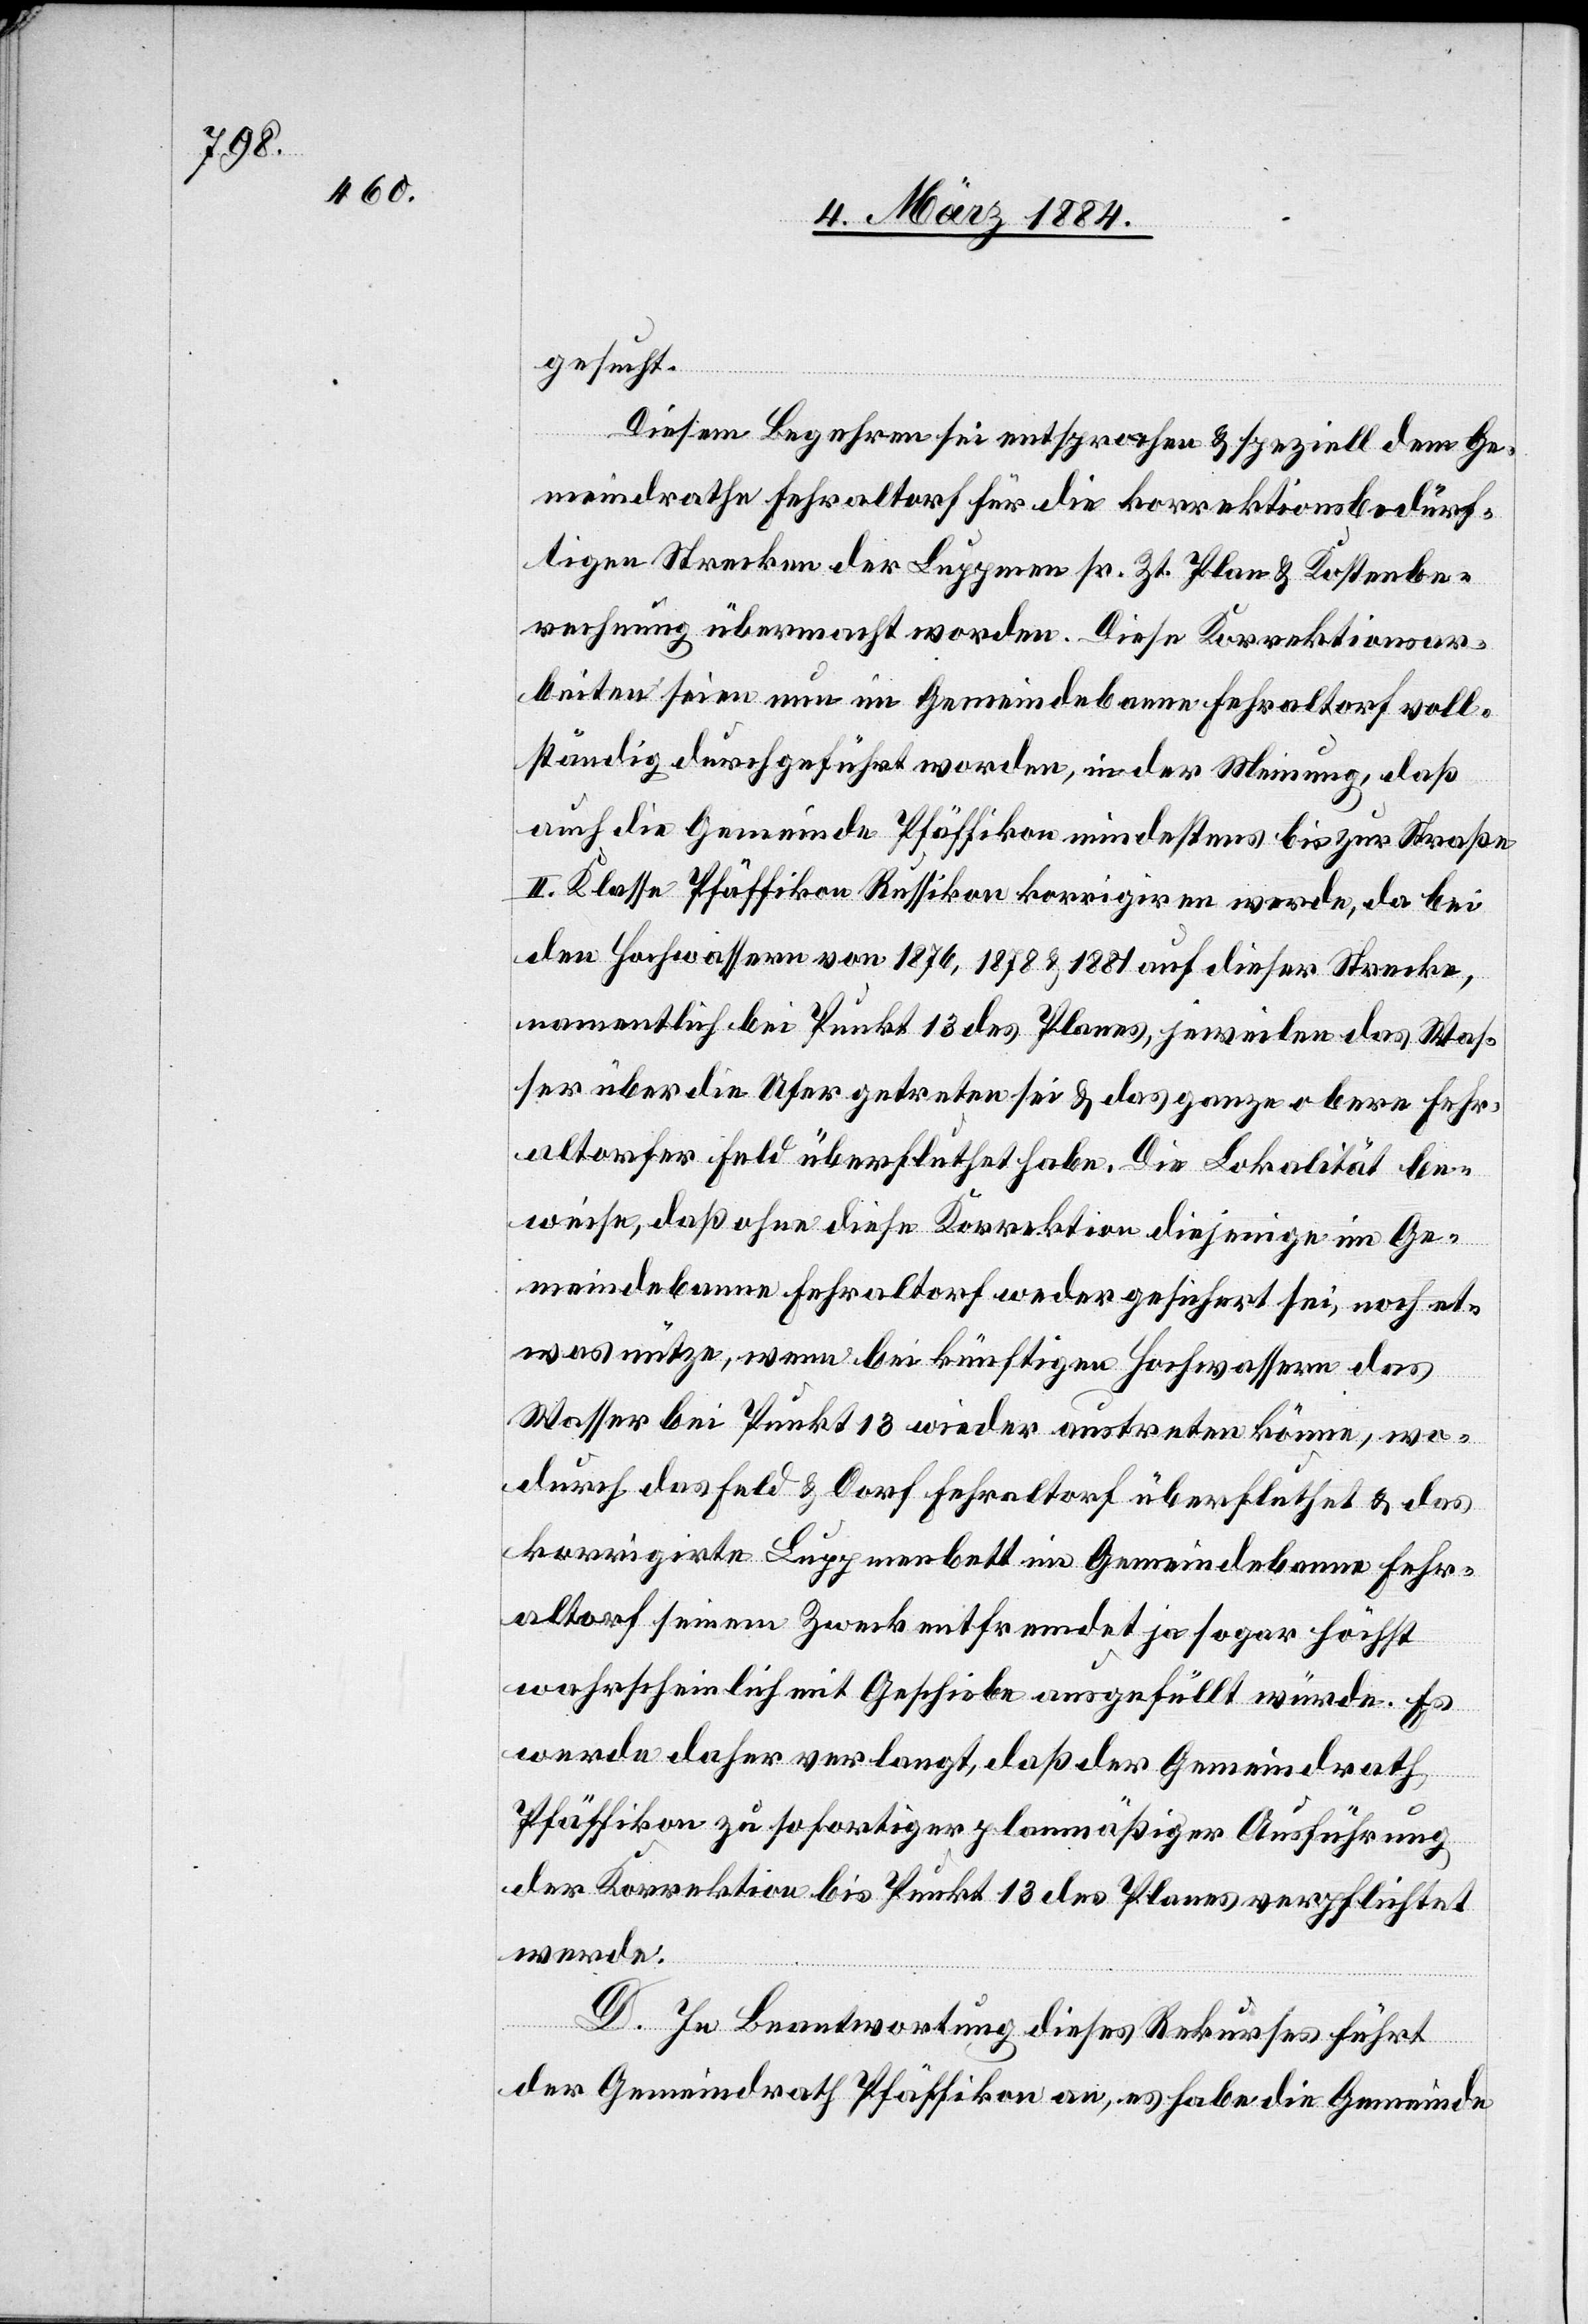
gesucht.
Diesem Begehren sei entsprochen & speziell dem Ge¬
meindrathe Fehraltorf für die korrektionsbedürf¬
tigen Strecken der Luppmen sr. Zt. Plan & Kostenbe¬
rechnung übermacht worden. Diese Korrektionsar¬
beiten seien nun im Gemeindebanne Fehraltorf voll¬
ständig durchgeführt worden, in der Meinung, daß
auch die Gemeinde Pfäffikon mindestens bis zur Straße
II. Klasse Pfäffikon–Russikon korrigieren werde, da bei
den Hochwassern von 1876, 1878 & 1881 auf dieser Strecke,
namentlich bei Punkt 13 des Planes, jeweilen das Was¬
ser über die Ufer getreten sei & das ganze obere Fehr¬
altorfer Feld überfluthet habe. Die Lokalität be¬
weise, daß ohne diese Korrektion diejenige im Ge¬
meindebanne Fehraltorf weder gesichert sei, noch et¬
was nütze, wenn bei künftigen Hochwassern das
Wasser bei Punkt 13 wieder austreten könne, wo¬
durch das Feld & Dorf Fehraltorf überfluthet & das
korrigirte Luppmenbett im Gemeindebanne Fehr¬
altorf seinem Zweck entfremdet ja sogar höchst
wahrscheinlich mit Geschiebe ausgefüllt würde. Es
werde daher verlangt, daß der Gemeinderath
Pfäffikon zu sofortiger planmäßiger Ausführung
der Korrektion bis Punkt 13 des Planes verpflichtet
werde.
D. In Beantwortung dieses Rekurses führt
der Gemeindrath Pfäffikon an, es habe die Gemeinde